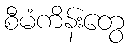
စီမံကိန်းတွေ